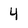
Character: 4